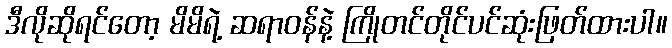
ဒီလိုဆိုရင်တော့ မိမိရဲ့ ဆရာဝန်နဲ့ ကြိုတင်တိုင်ပင်ဆုံးဖြတ်ထားပါ။